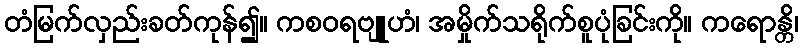
တံမြက်လှည်းခတ်ကုန်၍။ ကစဝရဗျူဟံ၊ အမှိုက်သရိုက်စူပုံခြင်းကို။ ကရောန္တိ၊